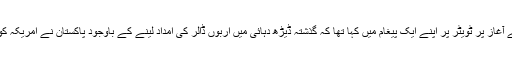
یاد رہے کہ امریکی صدر ڈونلڈ ٹرمپ نے سال کے آغاز پر ٹویٹر پر اپنے ایک پیغام میں کہا تھا کہ گذشتہ ڈیڑھ دہائی میں اربوں ڈالر کی امداد لینے کے باوجود پاکستان نے امریکہ کو سوائے جھوٹ اور دھوکے کے کچھ نہیں دیا ہے۔